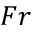
F r